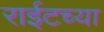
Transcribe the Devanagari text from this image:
राईटच्या